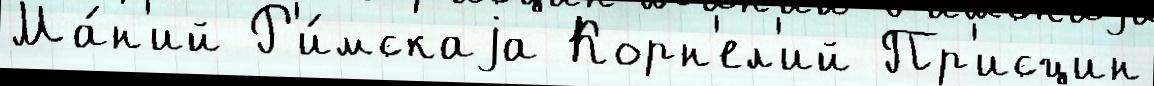
Ма́н'ий Р'и́мскаjа Корн'ел'ий Пр'исцин